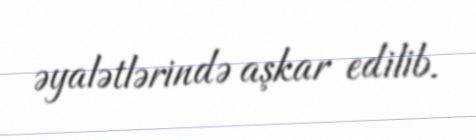
əyalətlərində aşkar edilib.